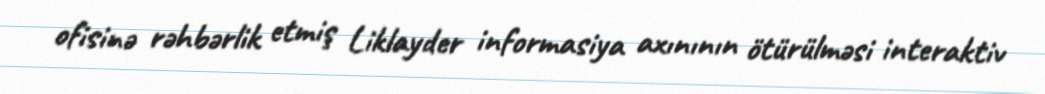
ofisinə rəhbərlik etmiş Liklayder informasiya axınının ötürülməsi interaktiv